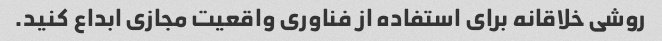
روشی خلاقانه برای استفاده از فناوری واقعیت مجازی ابداع کنید.